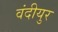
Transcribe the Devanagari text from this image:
वंदीयुर